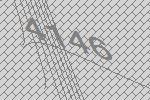
4146